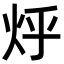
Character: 烀